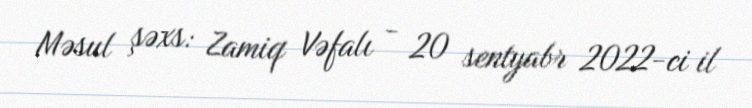
Məsul şəxs: Zamiq Vəfalı - 20 sentyabr 2022-ci il